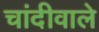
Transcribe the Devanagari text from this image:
चांदीवाले